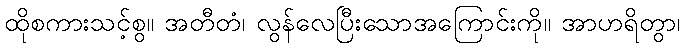
ထိုစကားသင့်စွ။ အတီတံ၊ လွန်လေပြီးသောအကြောင်းကို။ အာဟရိတွာ၊